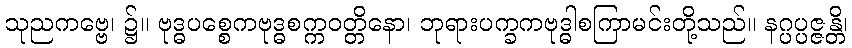
သုညကဗ္ဗေ၊ ၌။ ဗုဒ္ဓပစ္စေကဗုဒ္ဓစက္ကဝတ္တိနော၊ ဘုရားပက္ခကဗုဒ္ဓါစကြာမင်းတို့သည်။ နဂ္ပပ္ပဇ္ဇန္တိ၊